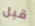
قبل